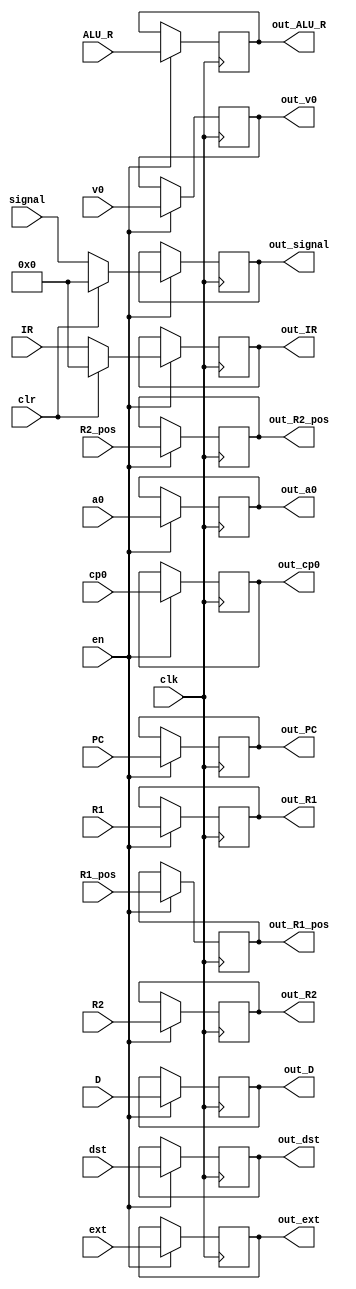
`timescale 1ns / 1ps
//////////////////////////////////////////////////////////////////////////////////
// Company: 
// Engineer: 
// 
// Design Name: 
// Module Name: buffer
// Project Name: 
// Target Devices: 
// Tool Versions: 
// Description: 
// 
// Dependencies: 
// 
// Revision:
// Revision 0.01 - File Created
// Additional Comments:
// 
//////////////////////////////////////////////////////////////////////////////////


module buffer(
    input clk,
    input en,
    input clr,
    input [31:0] PC,
    input [31:0] IR,
    input [31:0] signal,
    input [4:0] dst,
    input [4:0] R1_pos,
    input [4:0] R2_pos,
    input [31:0] D,
    input [31:0] R1,
    input [31:0] R2,
    input [31:0] ALU_R,
    input [31:0] ext,
    input [31:0] v0,
    input [31:0] a0,
    input [31:0] cp0,
    output reg [31:0] out_PC = 0,
    output reg [31:0] out_IR = 0,
    output reg [31:0] out_signal = 0,
    output reg [4:0] out_dst = 0,
    output reg [4:0] out_R1_pos = 0,
    output reg [4:0] out_R2_pos = 0,
    output reg [31:0] out_D = 0,
    output reg [31:0] out_R1 = 0,
    output reg [31:0] out_R2 = 0,
    output reg [31:0] out_ALU_R = 0,
    output reg [31:0] out_ext = 0,
    output reg [31:0] out_v0 = 0,
    output reg [31:0] out_a0 = 0,
    output reg [31:0] out_cp0 = 0
    );
    always @(posedge clk) begin
        if (en) begin
            out_PC = PC;
            if (clr) begin
                out_IR = 0;
                out_signal = 0;
            end else begin
                out_IR = IR;
                out_signal = signal;
            end
            out_dst = dst;
            out_R1_pos = R1_pos;
            out_R2_pos = R2_pos;
            out_D = D;
            out_R1 = R1;
            out_R2 = R2;
            out_ALU_R = ALU_R;
            out_ext = ext;
            out_v0 = v0;
            out_a0 = a0;
            out_cp0 = cp0;
        end
    end
endmodule